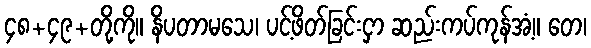
၄၈+၄၉+တို့ကို။ နိပတာမသေ၊ ပင့်ဖိတ်ခြင်းငှာ ဆည်းကပ်ကုန်အံ့။ တေ၊